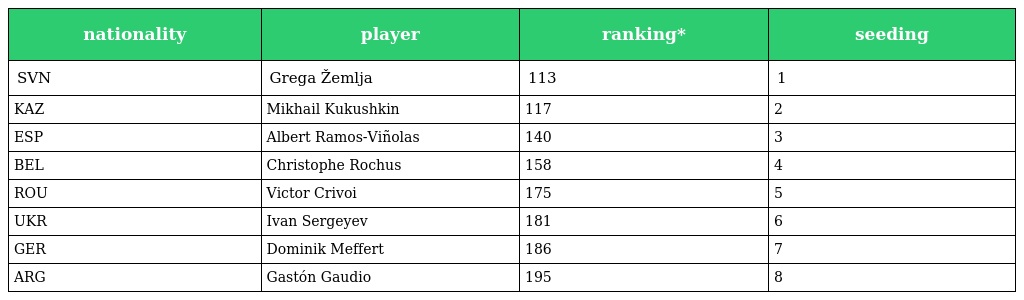
| nationality | player | ranking* | seeding |
 | --- | --- | --- | --- |
 | SVN | Grega Žemlja | 113 | 1 |
 | KAZ | Mikhail Kukushkin | 117 | 2 |
 | ESP | Albert Ramos-Viñolas | 140 | 3 |
 | BEL | Christophe Rochus | 158 | 4 |
 | ROU | Victor Crivoi | 175 | 5 |
 | UKR | Ivan Sergeyev | 181 | 6 |
 | GER | Dominik Meffert | 186 | 7 |
 | ARG | Gastón Gaudio | 195 | 8 |